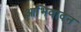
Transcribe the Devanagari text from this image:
आभिवादन